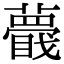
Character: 𧂝